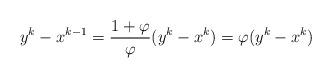
LaTeX: \begin{align*}y^k-x^{k-1}=\frac{1+\varphi}{\varphi}(y^k-x^k)=\varphi(y^k-x^k)\end{align*}